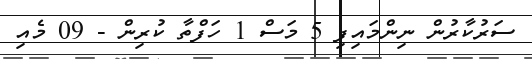
ސަރުކާރުން ނިންމައިފި 5 މަސް 1 ހަފްތާ ކުރިން - 09 މެއި